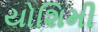
યોશિમી